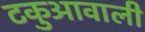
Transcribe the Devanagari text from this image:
टकुआवाली